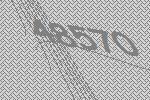
48570